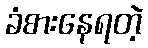
ခံစားနေရတဲ့